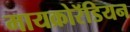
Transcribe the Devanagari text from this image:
मायक्रोरॅडियन